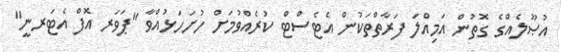
އުޞޫލެއްގެ ގޮތުން އަމިއްލަ ފަރާތްތަކުން އެޓެސްޓް ކުރެއްވުމަށް ހުށަހަޅުއްވާ "ޕަވަރ އޮފް އެޓަރނީ"